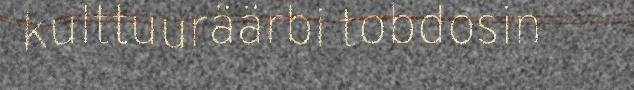
kulttuuräärbi tobdosin